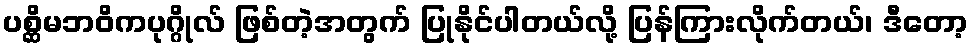
ပစ္ဆိမဘဝိကပုဂ္ဂိုလ် ဖြစ်တဲ့အတွက် ပြုနိုင်ပါတယ်လို့ ပြန်ကြားလိုက်တယ်၊ ဒီတော့